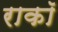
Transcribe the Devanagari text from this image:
राकॉ